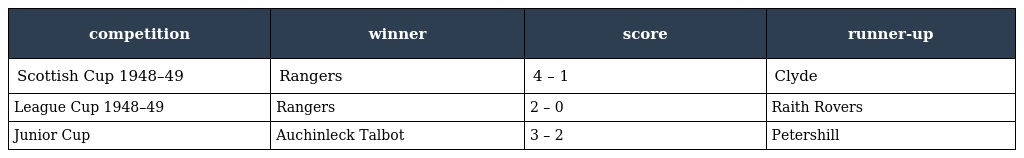
| competition | winner | score | runner-up |
 | --- | --- | --- | --- |
 | Scottish Cup 1948–49 | Rangers | 4 – 1 | Clyde |
 | League Cup 1948–49 | Rangers | 2 – 0 | Raith Rovers |
 | Junior Cup | Auchinleck Talbot | 3 – 2 | Petershill |